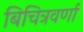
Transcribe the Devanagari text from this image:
बिचित्रवर्णा